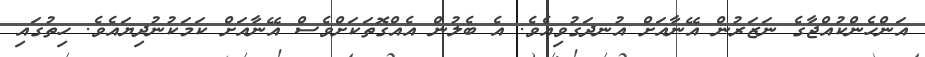
އަންހެންކުއްޖާގެ ނަޒަރުން އޭނާއަށް އުނދަގުވިއެވެ. އެ ބެލުން އެއްގޮތަކަށްވެސް އޭނާއަށް ކަމަކުނުދިޔައެވެ. ހިތުގައި